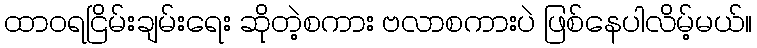
ထာဝရငြိမ်းချမ်းရေး ဆိုတဲ့စကား ဗလာစကားပဲ ဖြစ်နေပါလိမ့်မယ်။